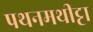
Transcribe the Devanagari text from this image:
पथनमथीट्टा